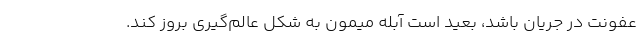
عفونت در جریان باشد، بعید است آبله میمون به شکل عالم‌گیری بروز کند.